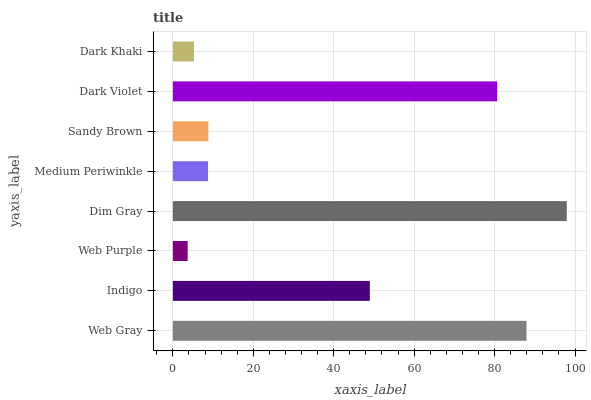
| yaxis_label | bars |
 | --- | --- |
 | Web Gray | 87.9 |
 | Indigo | 49 |
 | Web Purple | 3.68 |
 | Dim Gray | 98 |
 | Medium Periwinkle | 8.75 |
 | Sandy Brown | 8.83 |
 | Dark Violet | 80.6 |
 | Dark Khaki | 5.25 |